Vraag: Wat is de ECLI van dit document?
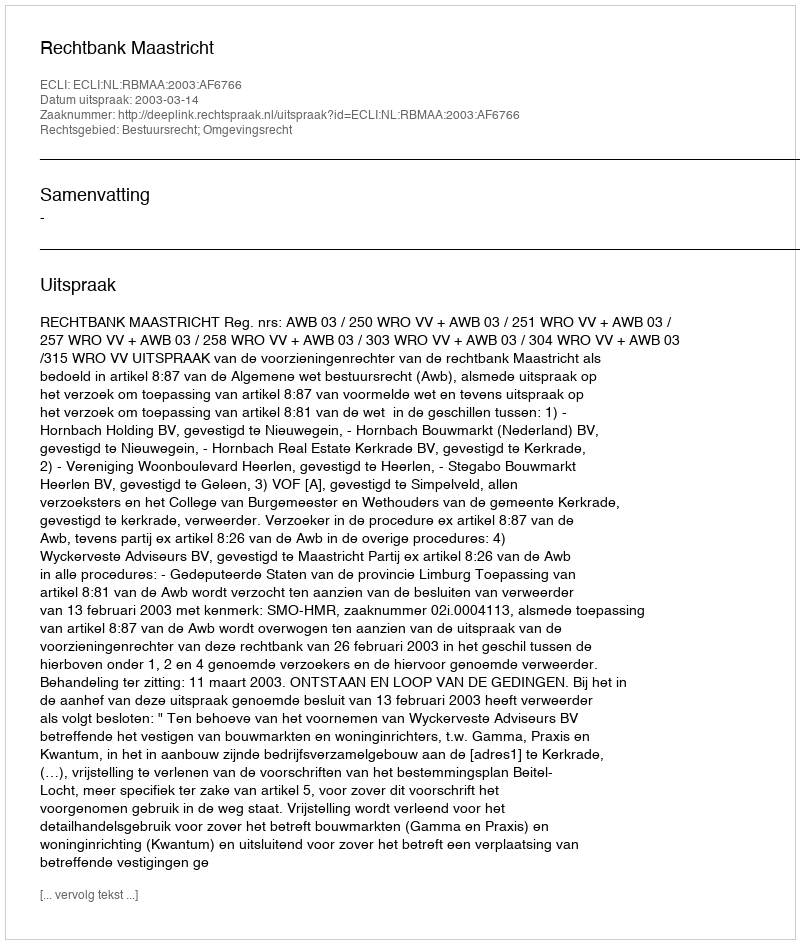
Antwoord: ECLI:NL:RBMAA:2003:AF6766